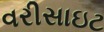
વરીસાઇટ